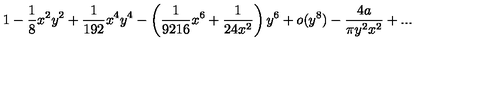
1 - \frac { 1 } { 8 } x ^ { 2 } y ^ { 2 } + \frac { 1 } { 1 9 2 } x ^ { 4 } y ^ { 4 } - \left( \frac { 1 } { 9 2 1 6 } x ^ { 6 } + \frac { 1 } { 2 4 x ^ { 2 } } \right) y ^ { 6 } + o ( y ^ { 8 } ) - \frac { 4 a } { \pi y ^ { 2 } x ^ { 2 } } + . . .